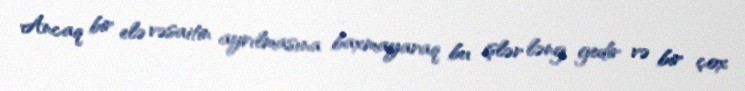
Ancaq bir elə vəsaitin ayrılmasına baxmayaraq bu işlər ləng gedir və bir çox